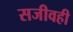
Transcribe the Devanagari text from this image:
सजीवही